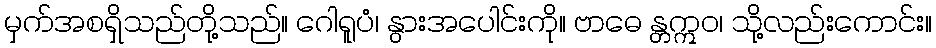
မှက်အစရှိသည်တို့သည်။ ဂေါရူပံ၊ နွားအပေါင်းကို။ ဗာဓေ န္တဣဝ၊ သို့လည်းကောင်း။